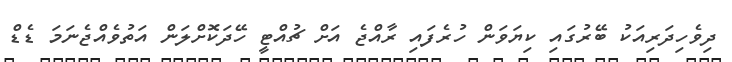
ދިވެހިދަރިއަކު ބޭރުގައި ކިޔަވަން ހުރެފައި ރާއްޖެ އަށް ޗުއްޓީ ހޭދަކޮށްލަން އަތުވެއްޖެނަމަ ޑެޑް